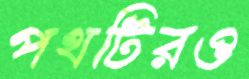
পথটিরও